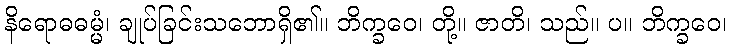
နိရောဓဓမ္မံ၊ ချုပ်ခြင်းသဘောရှိ၏။ ဘိက္ခဝေ၊ တို့။ ဇာတိ၊ သည်။ ပ။ ဘိက္ခဝေ၊